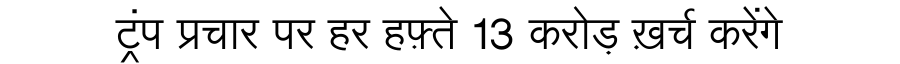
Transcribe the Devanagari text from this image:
ट्रंप प्रचार पर हर हफ़्ते 13 करोड़ ख़र्च करेंगे